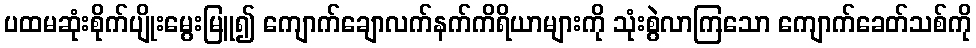
ပထမဆုံးစိုက်ပျိုးမွေးမြူ၍ ကျောက်ချောလက်နက်ကိရိယာများကို သုံးစွဲလာကြသော ကျောက်ခေတ်သစ်ကို